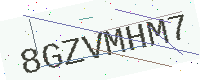
Text: 8GZVMHM7